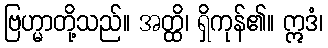
ဗြဟ္မာတို့သည်။ အတ္ထိ၊ ရှိကုန်၏။ ဣဒံ၊